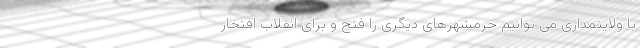
با ولایتمداری می توانیم خرمشهرهای دیگری را فتح و برای انقلاب افتخار